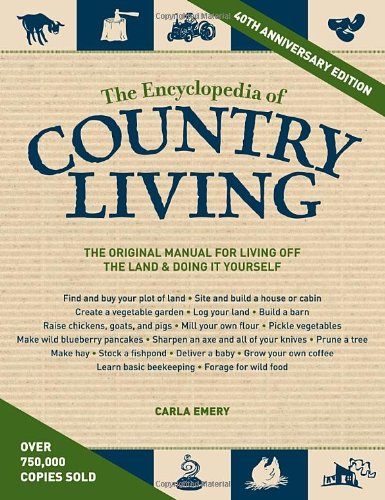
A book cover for The Encyclopedia of Country Living, 40th Anniversary Edition: The Original Manual of Living Off the Land & Doing It Yourself; Carla Emery; Crafts, Hobbies & Home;